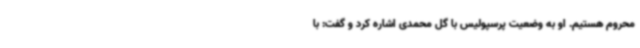
محروم هستیم. او به وضعیت پرسپولیس با گل محمدی اشاره کرد و گفت: با